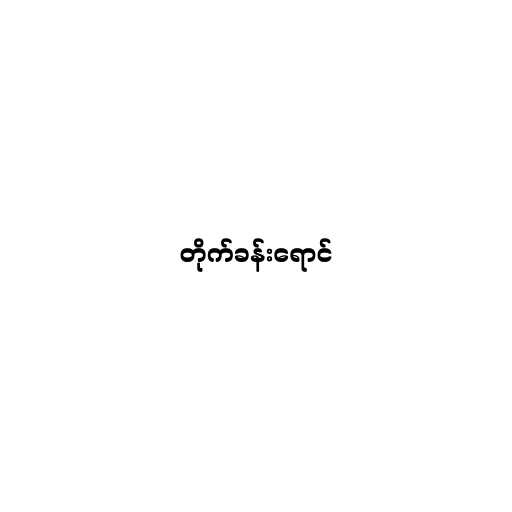
တိုက်ခန်းရောင်